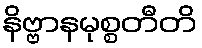
နိဗ္ဗာနမုစ္စတီတိ